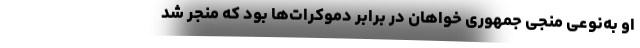
او به‌نوعی منجی جمهوری خواهان در برابر دموکرات‌ها بود که منجر شد